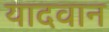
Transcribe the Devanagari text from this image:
यादवान